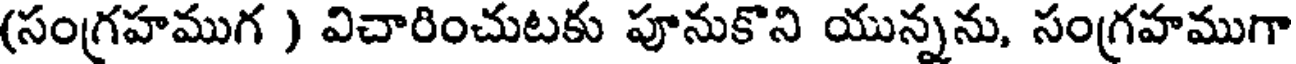
(సంగ్రహముగ ) విచారించుటకు పూనుకొని యున్నను, సంగ్రహముగా